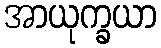
အာယုက္ခယာ